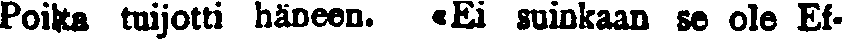
Poika tuijotti häneen. «Ei suinkaan se ole Ef-